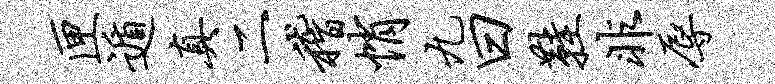
匣遁真二稽悄九曰鞋非辱